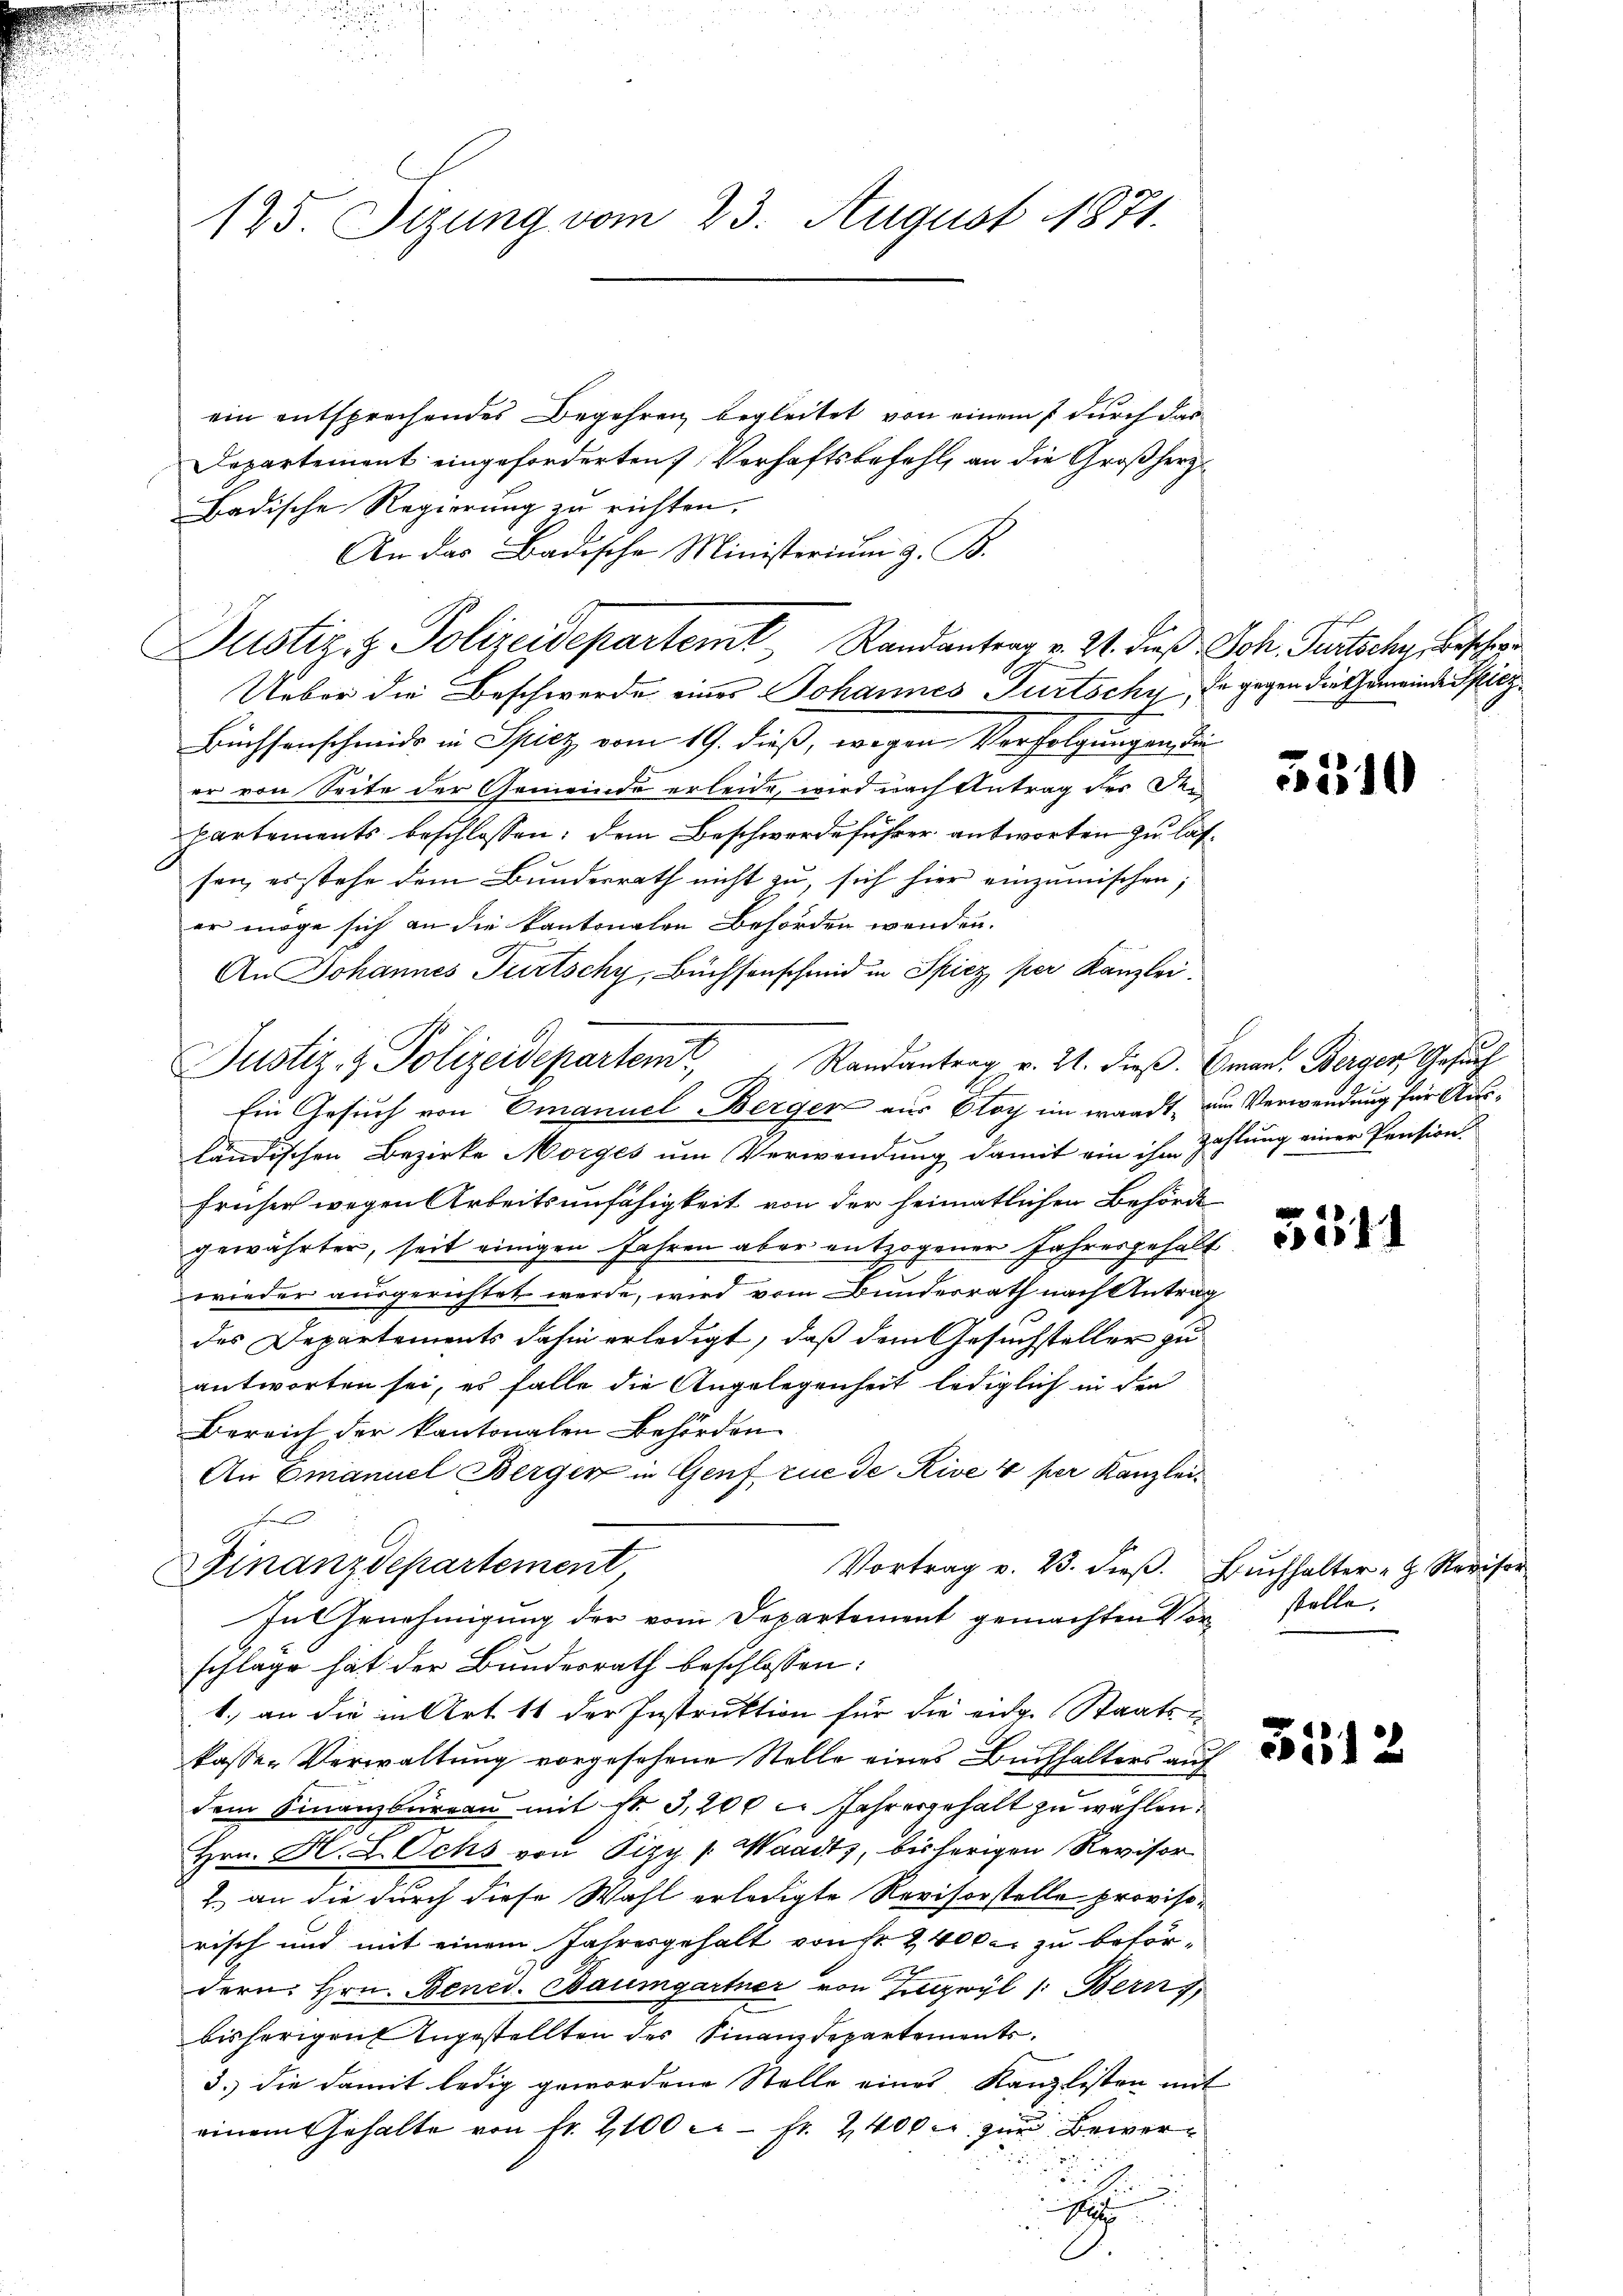
125. Sizung vom 23. August 1871.

ein entsprechendes Begehren begleitet, von einem durch das
Departement eingeforderten Verhaftsbefehl, an die Großherz¬
Badische Regierung zu richten.
An das Badische Ministerium z. B.
Justiz- & Polizeidepartemt Randantrag v. 21. dieß Joh. Partsche Beschen
Ueber die Beschwerde eines Johannes Fürtschy, da gegen die Gemeinde Sitz¬
Büchsenschmide in Spiez, vom 19. dieß, wegen Verfolgungen die
er von Seite der Gemeinde erleide, wird nach Antrag des Den
partements beschlossen: dem Beschwerdeführer antworten zu lassen, er stehe dem Bŭndesrath nicht zu, sich hier einzumischen;
er möge sich an die kantonalen Behörden wenden.
An Johannes Türtschy, Büchsenschmid in Spiez per Kanzlei.
Ein Gesuch von Emanuel-Berger aus Otoy ein waadt, um Verwendung für Ausländischen Bezirke Morges um Verwendung damit ein ihr Zahlung einer Pension
früher wegen Arbeitsunfähigkeit von der heimatlichen Behörde
gewährter, seit einigen Jahren aber entzogener Jahresgehalt
wieder ausgerichtet werde, wird vom Bunderrath nach Antrag
des Departements dahin erledigt, daß dem Gesuchsteller zu
antworten sei, es falle die Angelegenheit lediglich in den
Bereich der kantonalen Behörden
An Emanuel Berger in Genf zue de Rive 4 per Kanzlei¬
Fel
Finanzdepartement
Vortrag v. 23. dieβ. Bŭchhalter - Revisor
Inl Genehmigung der vom Departement gemachten Vorschlage hat der Bundesrath beschlossen:
1. an die in Art 11 der Instruktion für die eidg. Staatskassen Verwaltung vorgesehene Stelle eines Buchhalters auf
dem Finanzbüreau mit Nr. 3,200 l. Jahresgehalt zu wählen.
Hrn. H. L. Ochs von Pizy /: Waadt, bisherigen Revisor
2. an die durch diese Wahl erledigte Revisorstelle provisorisch und mit einem Jahresgehalt von Fr. 24000. zu beför¬

dern: Hrn. Bened. Baumgartner von Zutzwyl /: Bern,
bisherigen Angestellten des Finanzdepartements.
3.) die damit ledig gewordene Stelle eines Kanzlisten mit
einem Gehalte von fr. 2100 c. fr. 2400 c. zur Bewer¬

1

Justiz- & Polizeidepartem Randantrag v. 21. dieß. Emant Berger Gesuch

5310

511

stelle.

5151

2